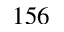
1 5 6